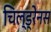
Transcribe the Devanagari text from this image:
चिल्ड्रेनस